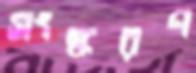
সংস্করণ